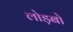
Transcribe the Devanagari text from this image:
लोड़बो